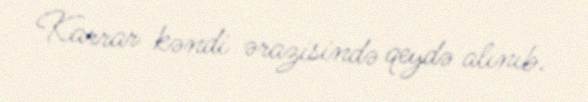
Karrar kəndi ərazisində qeydə alınıb.